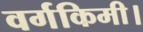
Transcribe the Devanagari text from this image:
वर्गकिमी।